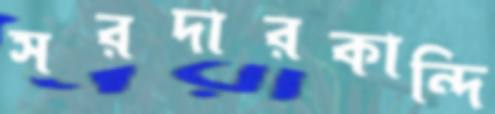
সরদারকান্দি